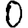
Digit: 0